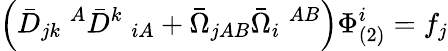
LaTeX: \left(\bar{D}_{jk}\; ^{A}\bar{D}^{k}\; _{iA}+\bar{\Omega}_{jAB}\bar{\Omega}_{i}\; ^{AB}\right)\Phi_{(2)}^{i}=f_{j}